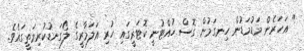
" އަހަރެން މަޑުމަޑުން ހިނގަމުން ގޮސް ހުއްޓުނީ ކޮޓަރީގައި ހުރި އަލަމާރީގެ ލޯގަނޑުކުރިމަތީގައެވެ.